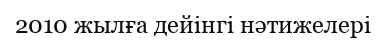
2010 жылға дейінгі нәтижелері